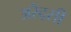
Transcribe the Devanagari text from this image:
अरेंद्सी